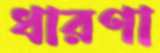
ধারণা